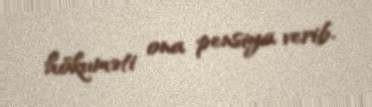
hökuməti ona pensiya verib.